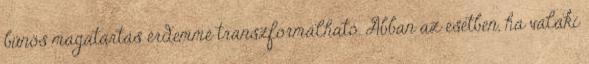
bűnös magatartás érdemmé transzformálható. Abban az esetben, ha valaki